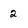
Character: 2